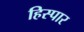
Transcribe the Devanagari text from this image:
हिस्पार